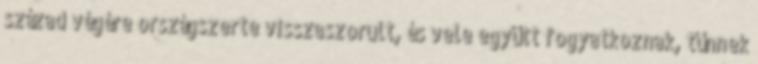
század végére országszerte visszaszorult, és vele együtt fogyatkoznak, tűnnek